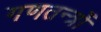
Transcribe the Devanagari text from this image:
गणतन्त्रों